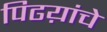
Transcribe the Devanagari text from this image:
पिढय़ांचे